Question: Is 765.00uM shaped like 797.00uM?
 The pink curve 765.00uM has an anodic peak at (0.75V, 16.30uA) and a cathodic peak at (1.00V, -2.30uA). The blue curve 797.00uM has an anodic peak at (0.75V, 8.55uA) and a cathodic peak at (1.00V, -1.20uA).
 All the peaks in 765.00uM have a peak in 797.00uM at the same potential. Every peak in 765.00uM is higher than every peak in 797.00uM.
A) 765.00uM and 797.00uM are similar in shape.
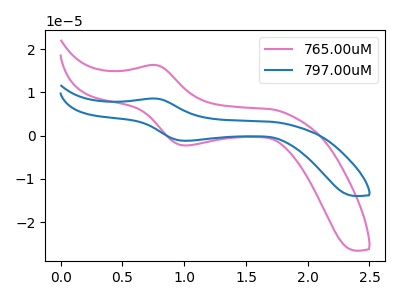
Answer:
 <answer>A) "765.00uM" and "797.00uM" are similar in shape.</answer>
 <eval>A</eval>